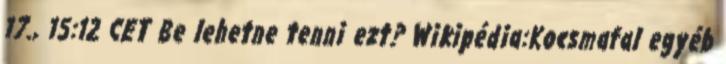
17., 15:12 CET Be lehetne tenni ezt? Wikipédia:Kocsmafal egyéb